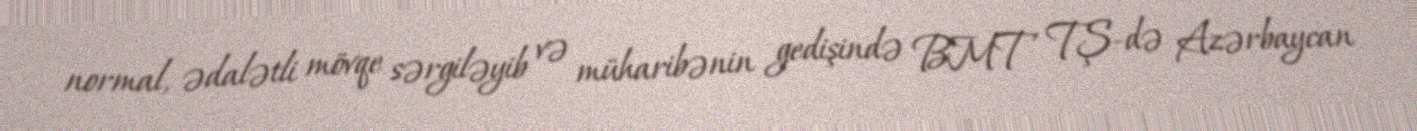
normal, ədalətli mövqe sərgiləyib və müharibənin gedişində BMT TŞ-də Azərbaycan